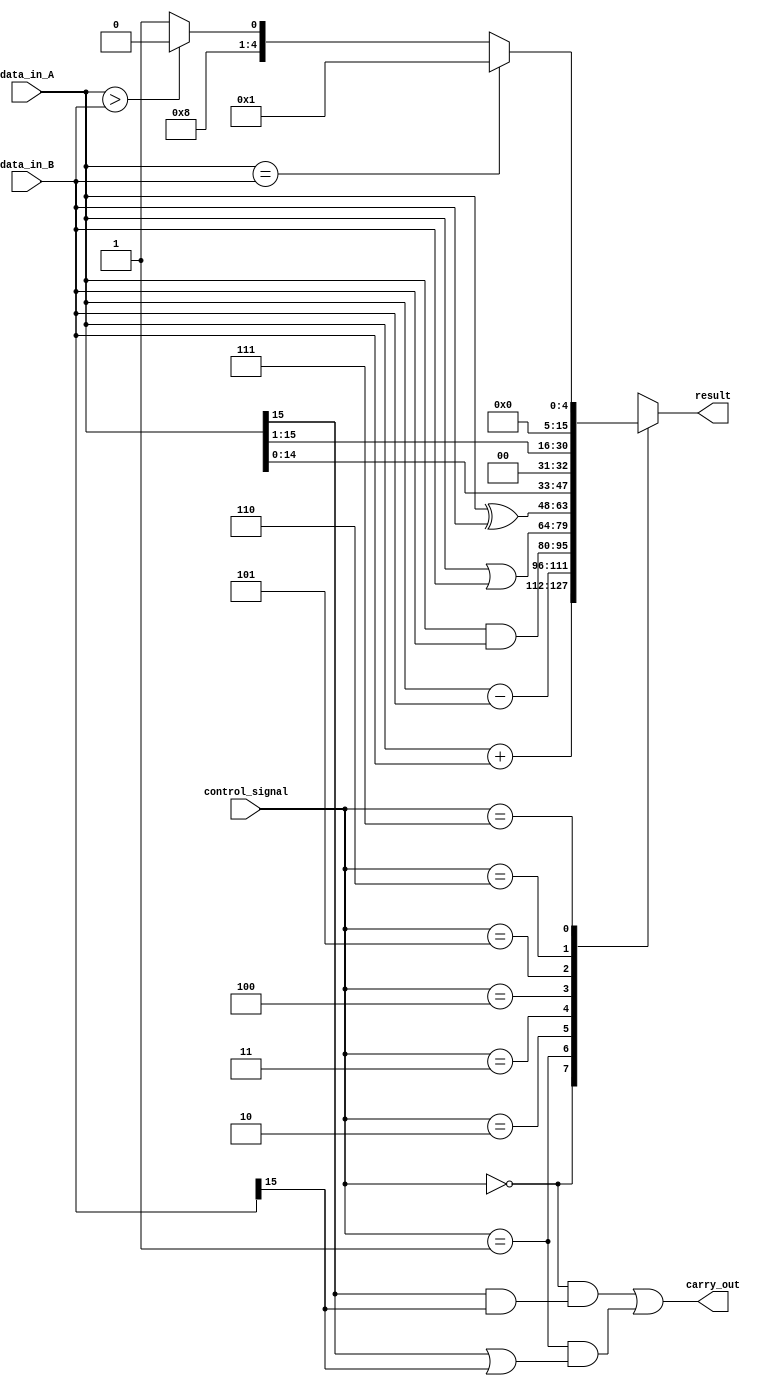
module ALU(input [15:0] data_in_A, input [15:0] data_in_B, input [2:0] control_signal, output reg [15:0] result, output reg carry_out);

always @(*) begin
    case(control_signal)
        3'b000: result = data_in_A + data_in_B; // ADD operation
        3'b001: result = data_in_A - data_in_B; // SUB operation
        3'b010: result = data_in_A & data_in_B; // AND operation
        3'b011: result = data_in_A | data_in_B; // OR operation
        3'b100: result = data_in_A ^ data_in_B; // XOR operation
        3'b101: result = data_in_A << 1; // Shift left operation
        3'b110: result = data_in_A >> 1; // Shift right operation
        3'b111: begin // Comparison operation
            if(data_in_A == data_in_B)
                result = 16'h0001; // Equal
            else if(data_in_A > data_in_B)
                result = 16'h0010; // Greater than
            else
                result = 16'h0011; // Less than
        end
        default: result = 16'h0000; // Default case
    endcase
    
    carry_out = (control_signal == 3'b000 && (data_in_A[15] & data_in_B[15])) | (control_signal == 3'b001 && (data_in_A[15] | data_in_B[15]));
end

endmodule